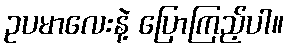
ဥပမာလေးနဲ့ ပြောကြည့်ပါ။